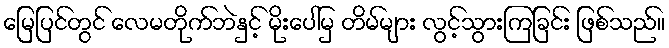
မြေပြင်တွင် လေမတိုက်ဘဲနှင့် မိုးပေါ်မှ တိမ်များ လွင့်သွားကြခြင်း ဖြစ်သည်။